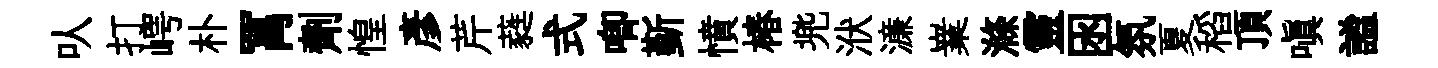
㕥打崿朴罥劑惶彥芹蕤式唧斳憤椿兠洑濓嶪滌靈囦氛夏稻頂嗔謐